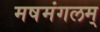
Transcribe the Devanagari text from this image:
मषमंगलम्